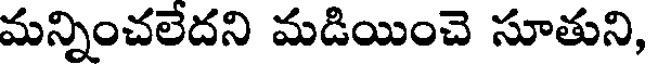
మన్నించలేదని మడియించె సూతుని,